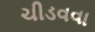
ચીડવવા